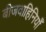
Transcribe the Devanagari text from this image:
बीजवाहिनियाँ